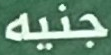
جنيه